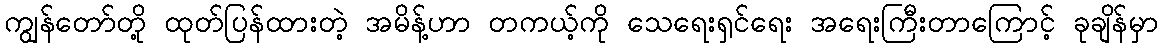
ကျွန်တော်တို့ ထုတ်ပြန်ထားတဲ့ အမိန့်ဟာ တကယ့်ကို သေရေးရှင်ရေး အရေးကြီးတာကြောင့် ခုချိန်မှာ